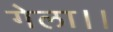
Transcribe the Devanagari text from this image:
गेला।।